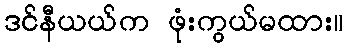
ဒင်နီယယ်က ဖုံးကွယ်မထား။